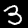
Label: 3